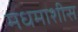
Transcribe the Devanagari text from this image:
मधमाशीस